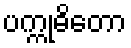
ပက္ကုဓိတော